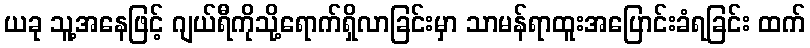
ယခု သူ့အနေဖြင့် ဂျယ်ရီကိုသို့ရောက်ရှိလာခြင်းမှာ သာမန်ရာထူးအပြောင်းခံရခြင်း ထက်